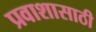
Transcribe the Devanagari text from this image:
प्रवाशासाठी